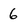
Character: 6